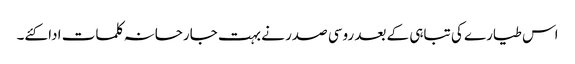
اس طیارے کی تباہی کے بعد روسی صدر نے بہت جارحانہ کلمات ادا کئے۔